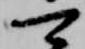
可